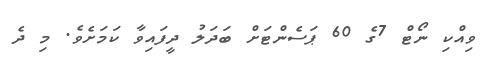
ވިއްކި ނޯޓް 7ގެ 60 ޕަސެންޓަށް ބަދަލު ދީފައިވާ ކަމަށެވެ. މި ދެ